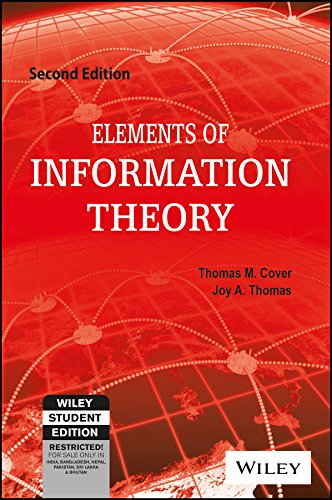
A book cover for Elements of Information Theory 2nd Edition; Thomas M Cover; Computers & Technology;